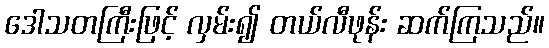
ဒေါသတကြီးဖြင့် လှမ်း၍ တယ်လီဖုန်း ဆက်ကြသည်။